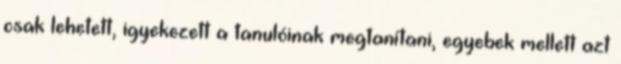
csak lehetett, igyekezett a tanulóinak megtanítani, egyebek mellett azt